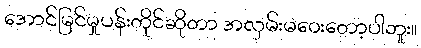
အောင်မြင်မှုပန်းတိုင်ဆိုတာ အလှမ်းမဝေးတော့ပါဘူး။